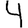
Digit: 4